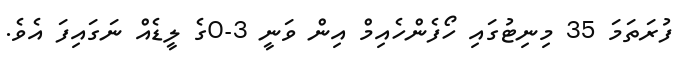
ފުރަތަމަ 35 މިނިޓުގައި ހޯފެންހެއިމް އިން ވަނީ 3-0ގެ ލީޑެއް ނަގައިފަ އެވެ.